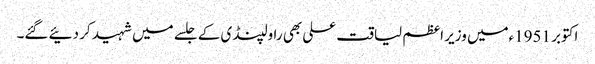
اکتوبر 1951ءمیں وزیر اعظم لیاقت علی بھی راولپنڈی کے جلسے میں شہید کر دئیے گئے۔